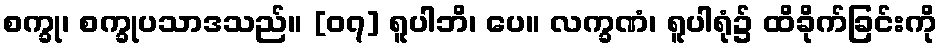
စက္ခု၊ စက္ခုပသာဒသည်။ [၀၇] ရူပါဘိ၊ ပေ။ လက္ခဏံ၊ ရူပါရုံ၌ ထိခိုက်ခြင်းကို